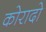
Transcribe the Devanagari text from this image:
कोरादो